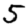
Digit: 5